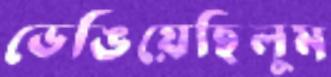
ভেঙিয়েছিলুম